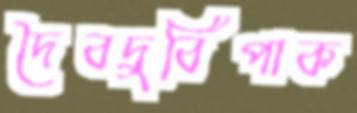
দৈবদুর্বিপাক